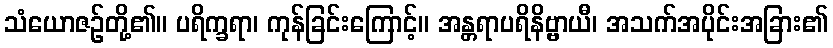
သံယောဇဉ်တို့၏။ ပရိက္ခရာ၊ ကုန်ခြင်းကြောင့်။ အန္တရာပရိနိဗ္ဗာယီ၊ အသက်အပိုင်းအခြား၏